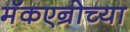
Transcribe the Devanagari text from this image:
मॅकएन्रोच्या